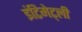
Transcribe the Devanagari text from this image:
इंटिमेट्ली